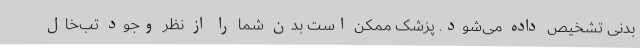
بدنی تشخیص داده می‌شود. پزشک ممکن است بدن شما را از نظر وجود تب‌خال